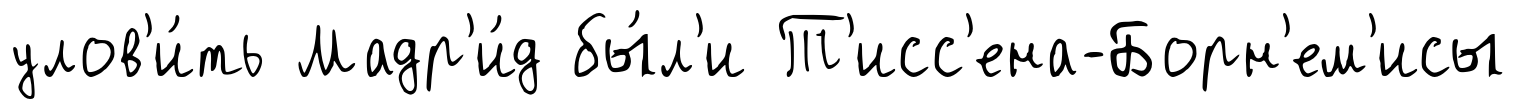
улов'и́ть Мадр'и́д бы́л'и Т'исс'ена-Борн'ем'исы